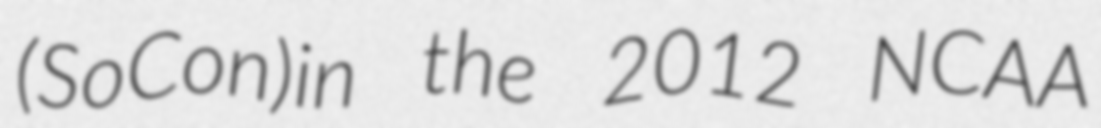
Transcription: (SoCon)in the 2012 NCAA